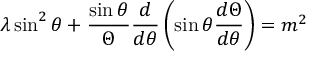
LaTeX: \lambda \sin ^ { 2 } \theta + { \frac { \sin \theta } { \Theta } } { \frac { d } { d \theta } } \left( \sin \theta { \frac { d \Theta } { d \theta } } \right) = m ^ { 2 }